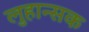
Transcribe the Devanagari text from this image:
लुहान्सक